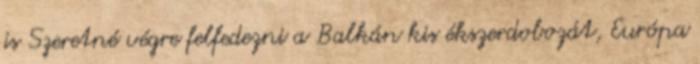
is Szeretné végre felfedezni a Balkán kis ékszerdobozát, Európa